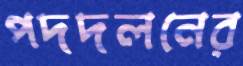
পদদলনের